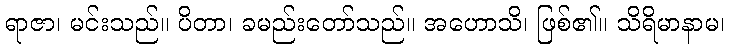
ရာဇာ၊ မင်းသည်။ ပိတာ၊ ခမည်းတော်သည်။ အဟောသိ၊ ဖြစ်၏။ သိရိမာနာမ၊